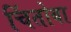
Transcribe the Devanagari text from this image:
चिंतोबा